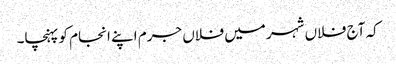
کہ آج فلاں شہر میں فلاں جرم اپنے انجام کو پہنچا۔